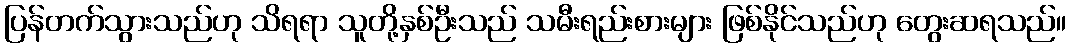
ပြန်တက်သွားသည်ဟု သိရရာ သူတို့နှစ်ဦးသည် သမီးရည်းစားများ ဖြစ်နိုင်သည်ဟု တွေးဆရသည်။